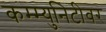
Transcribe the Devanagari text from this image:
कम्म्युनिटीवर